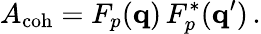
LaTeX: A_{\mathrm{coh}}=F_{p}({\mathbf q})\, F_{p}^{*}({\mathbf q}^{\prime})\, .